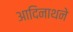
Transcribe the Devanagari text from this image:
आदिनाथने